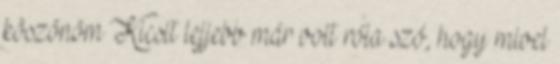
köszönöm Kicsit lejjebb már volt róla szó, hogy mivel